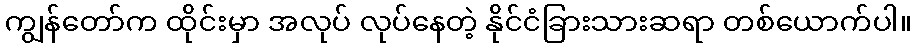
ကျွန်တော်က ထိုင်းမှာ အလုပ် လုပ်နေတဲ့ နိုင်ငံခြားသားဆရာ တစ်ယောက်ပါ။